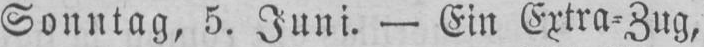
Sonntag, 5. Juni. - Ein Extra⸗Zug,